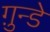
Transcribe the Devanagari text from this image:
ग़ुन्डे